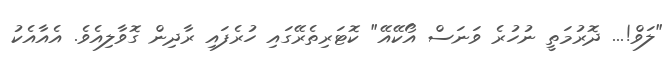
"ލަވް!... ދޮރުމަތީ ނުހުރެ ވަނަސް އޯކޭއޭ" ކޮޓަރިތެރޭގައި ހުރެފައި ރާދިން ގޮވާލިއެވެ. އެއާއެކު